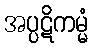
အပ္ပဋိကမ္မံ